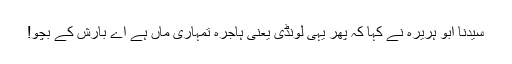
سیدنا ابو ہریرہؓ نے کہا کہ پھر یہی لونڈی یعنی ہاجرہ تمہاری ماں ہے اے بارش کے بچو!